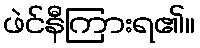
ဖဲင်နီကြားရ၏။